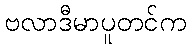
ဗလာဒီမာပူတင်က